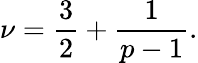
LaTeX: \nu=\frac{3}{2}+\frac{1}{p-1}.